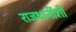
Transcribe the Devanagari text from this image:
राजधानींशी